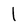
Character: l